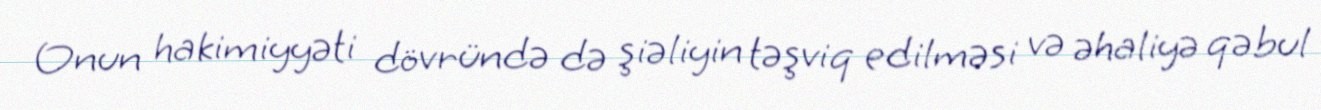
Onun hakimiyyəti dövründə də şiəliyin təşviq edilməsi və əhaliyə qəbul